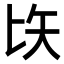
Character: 𠤑